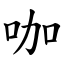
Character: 咖